Epidemic dropsy in Calcutta - Number 45
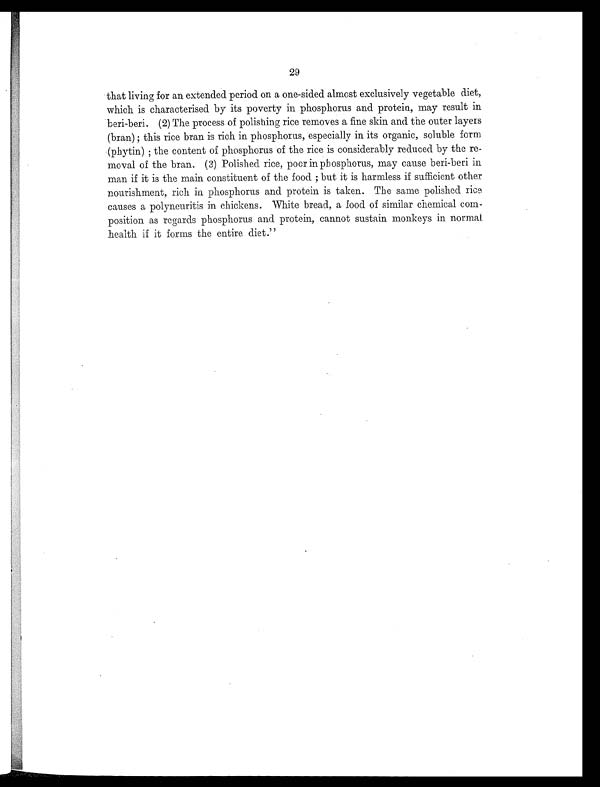
29
that living for an extended period on a one-sided almost exclusively vegetable diet,
which is characterised by its poverty in phosphorus and protein, may result in
beri-beri. (2) The process of polishing rice removes a fine skin and the outer layers
(bran) ; this rice bran is rich in phosphorus, especially in its organic, soluble form
(phytin) ; the content of phosphorus of the rice is considerably reduced by the re-
moval of the bran. (3) Polished rice, poor in phosphorus, may cause beri-beri in
man if it is the main constituent of the food ; but it is harmless if sufficient other
nourishment, rich in phosphorus and protein is taken. The same polished rice
causes a polyneuritis in chickens. White bread, a food of similar chemical com-
position as regards phosphorus and protein, cannot sustain monkeys in normal
health if it forms the entire diet."